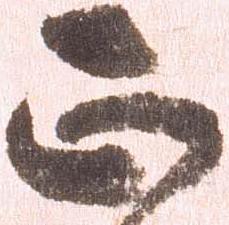
正